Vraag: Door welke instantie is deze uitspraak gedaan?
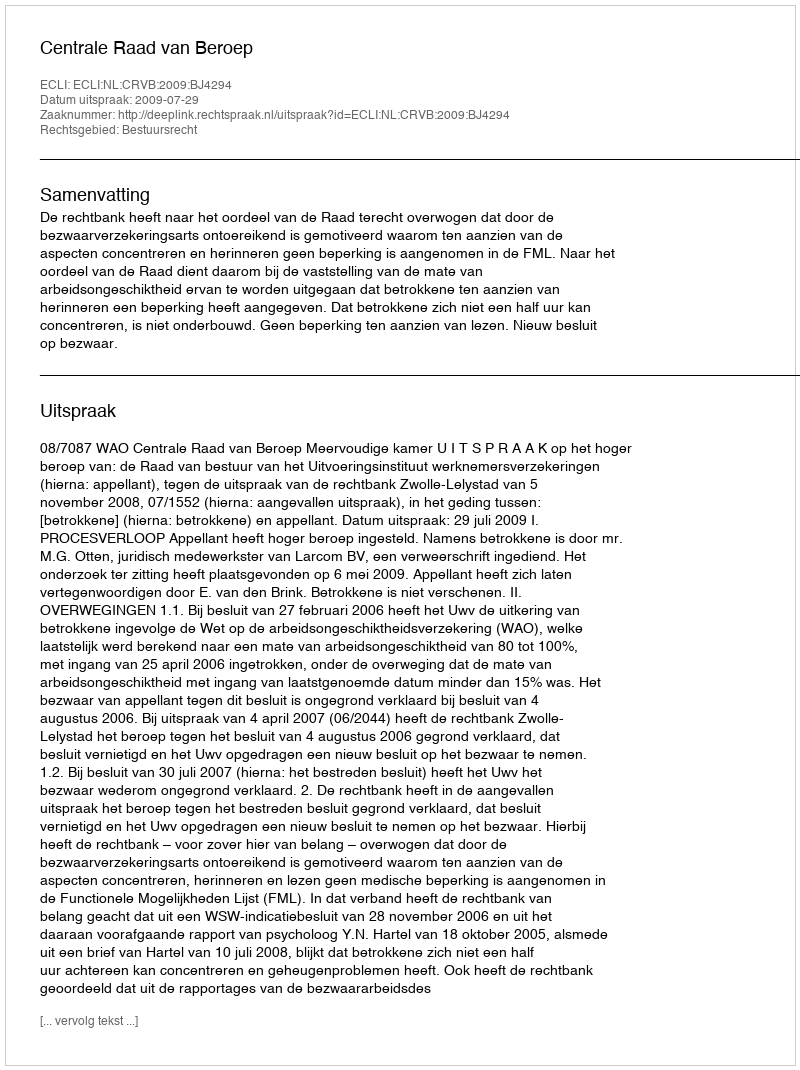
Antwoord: Centrale Raad van Beroep